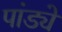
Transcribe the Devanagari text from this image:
पांड्ये